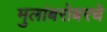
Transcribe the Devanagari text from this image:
मुलांबरोबरचे